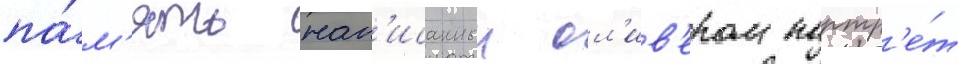
па́м'ять нап'исанныи ол'ив'ером портр'е́т